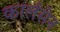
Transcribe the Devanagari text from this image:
कार्लसेन